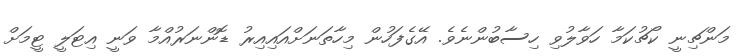
މަންޗިނީ ކޯޗުކަމާ ހަވާލުވި ހިސާބުންނެވެ. އޭގެފަހުން މިހާތަނަށްއައިއިރު ޑޮންނަރުއްމާ ވަނީ އިޓަލީ ޓީމަށް